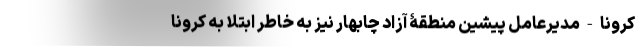
کرونا - مدیرعامل پیشین منطقۀ آزاد چابهار نیز به خاطر ابتلا به کرونا